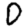
Digit: 0